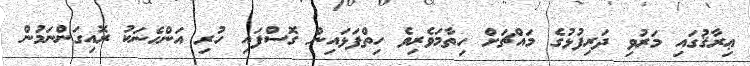
ޢިރާޤުގައި މަރުވި ދަރިފުޅުގެ މައްޗަށް ހިތާމަވެރިވެ ހިތްފަޅައިން ގޮސްފައި ހުރި އަންހެނަކު ރޮއިގަންނަމުން